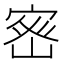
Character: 𭔀